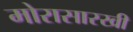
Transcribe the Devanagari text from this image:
मोरासारखी